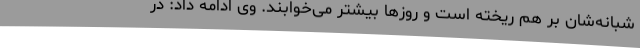
شبانه‌شان بر هم ریخته است و روزها بیشتر می‌خوابند. وی ادامه داد: در